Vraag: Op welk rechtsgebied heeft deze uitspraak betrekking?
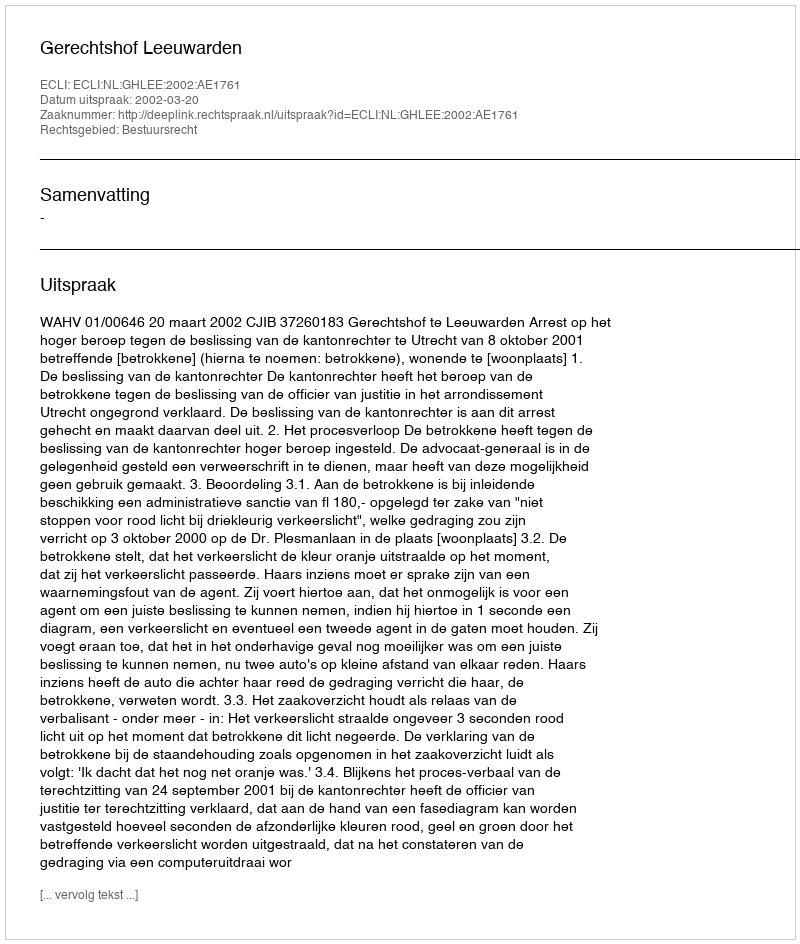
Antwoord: Bestuursrecht